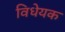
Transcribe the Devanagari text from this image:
विधेयक